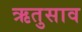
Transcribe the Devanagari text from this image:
ऋतुसाव